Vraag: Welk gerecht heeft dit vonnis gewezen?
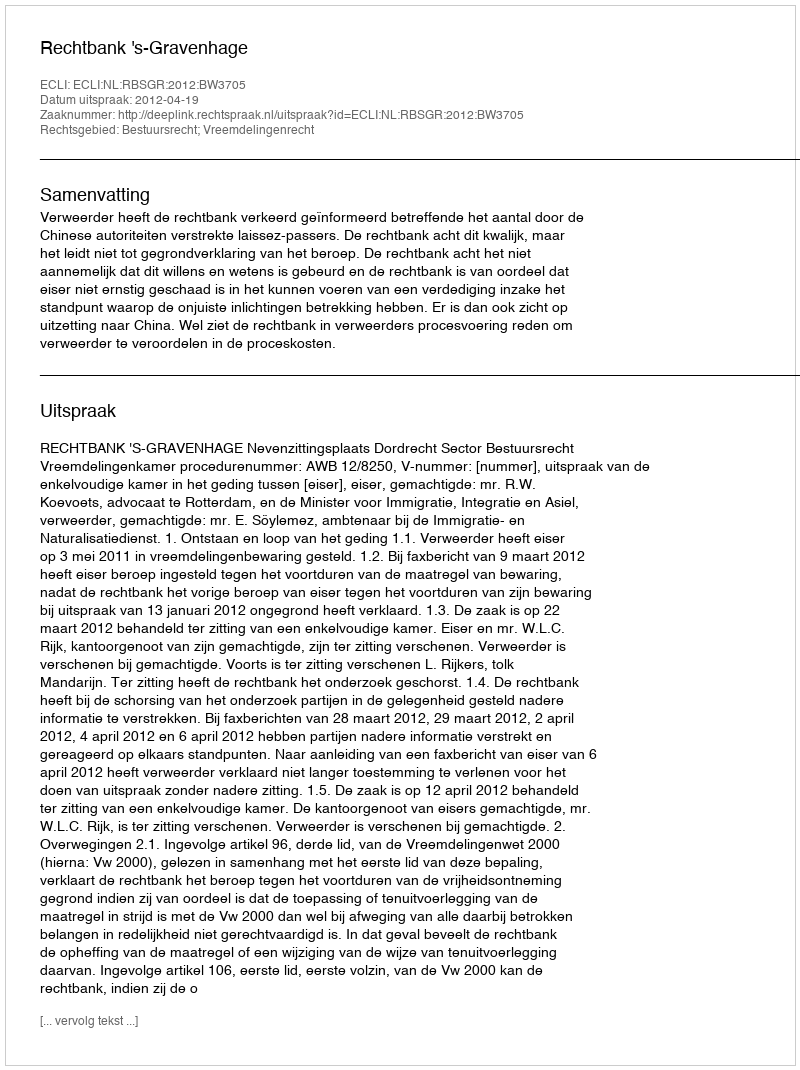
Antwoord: Rechtbank 's-Gravenhage